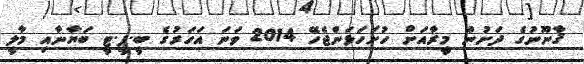
ޤާނޫނުގެ ދަށުން މީރާއަށް ހުށަހަޅަންޖެހޭ 2014 ވަނަ އަހަރުގެ ބީ.ޕީ.ޓީ ބަޔާނާއި މާލީ